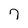
Character: 7